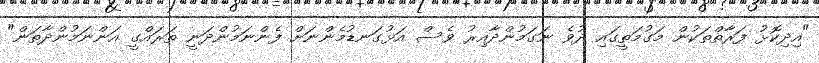
"އިދިކޮޅު ފަރާތްތަކުން މަގުމަތީގައި ދުވެ ނަގަމުންދާއިރު ވެސް އަޅުގަނޑުމެންނަށް ފެންނަމުންދަނީ ތަރައްގީ އަންނަމުންދާތަން"